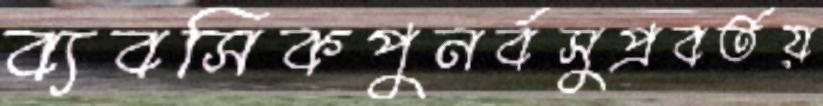
ব্যবসিকপুনর্বসুপ্রবর্তয়